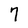
Character: 7